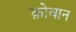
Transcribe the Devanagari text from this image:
क़ोबान